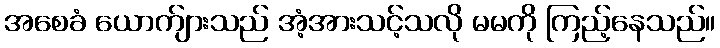
အစေခံ ယောက်ျားသည် အံ့အားသင့်သလို မမကို ကြည့်နေသည်။